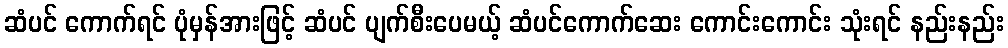
ဆံပင် ကောက်ရင် ပုံမှန်အားဖြင့် ဆံပင် ပျက်စီးပေမယ့် ဆံပင်ကောက်ဆေး ကောင်းကောင်း သုံးရင် နည်းနည်း